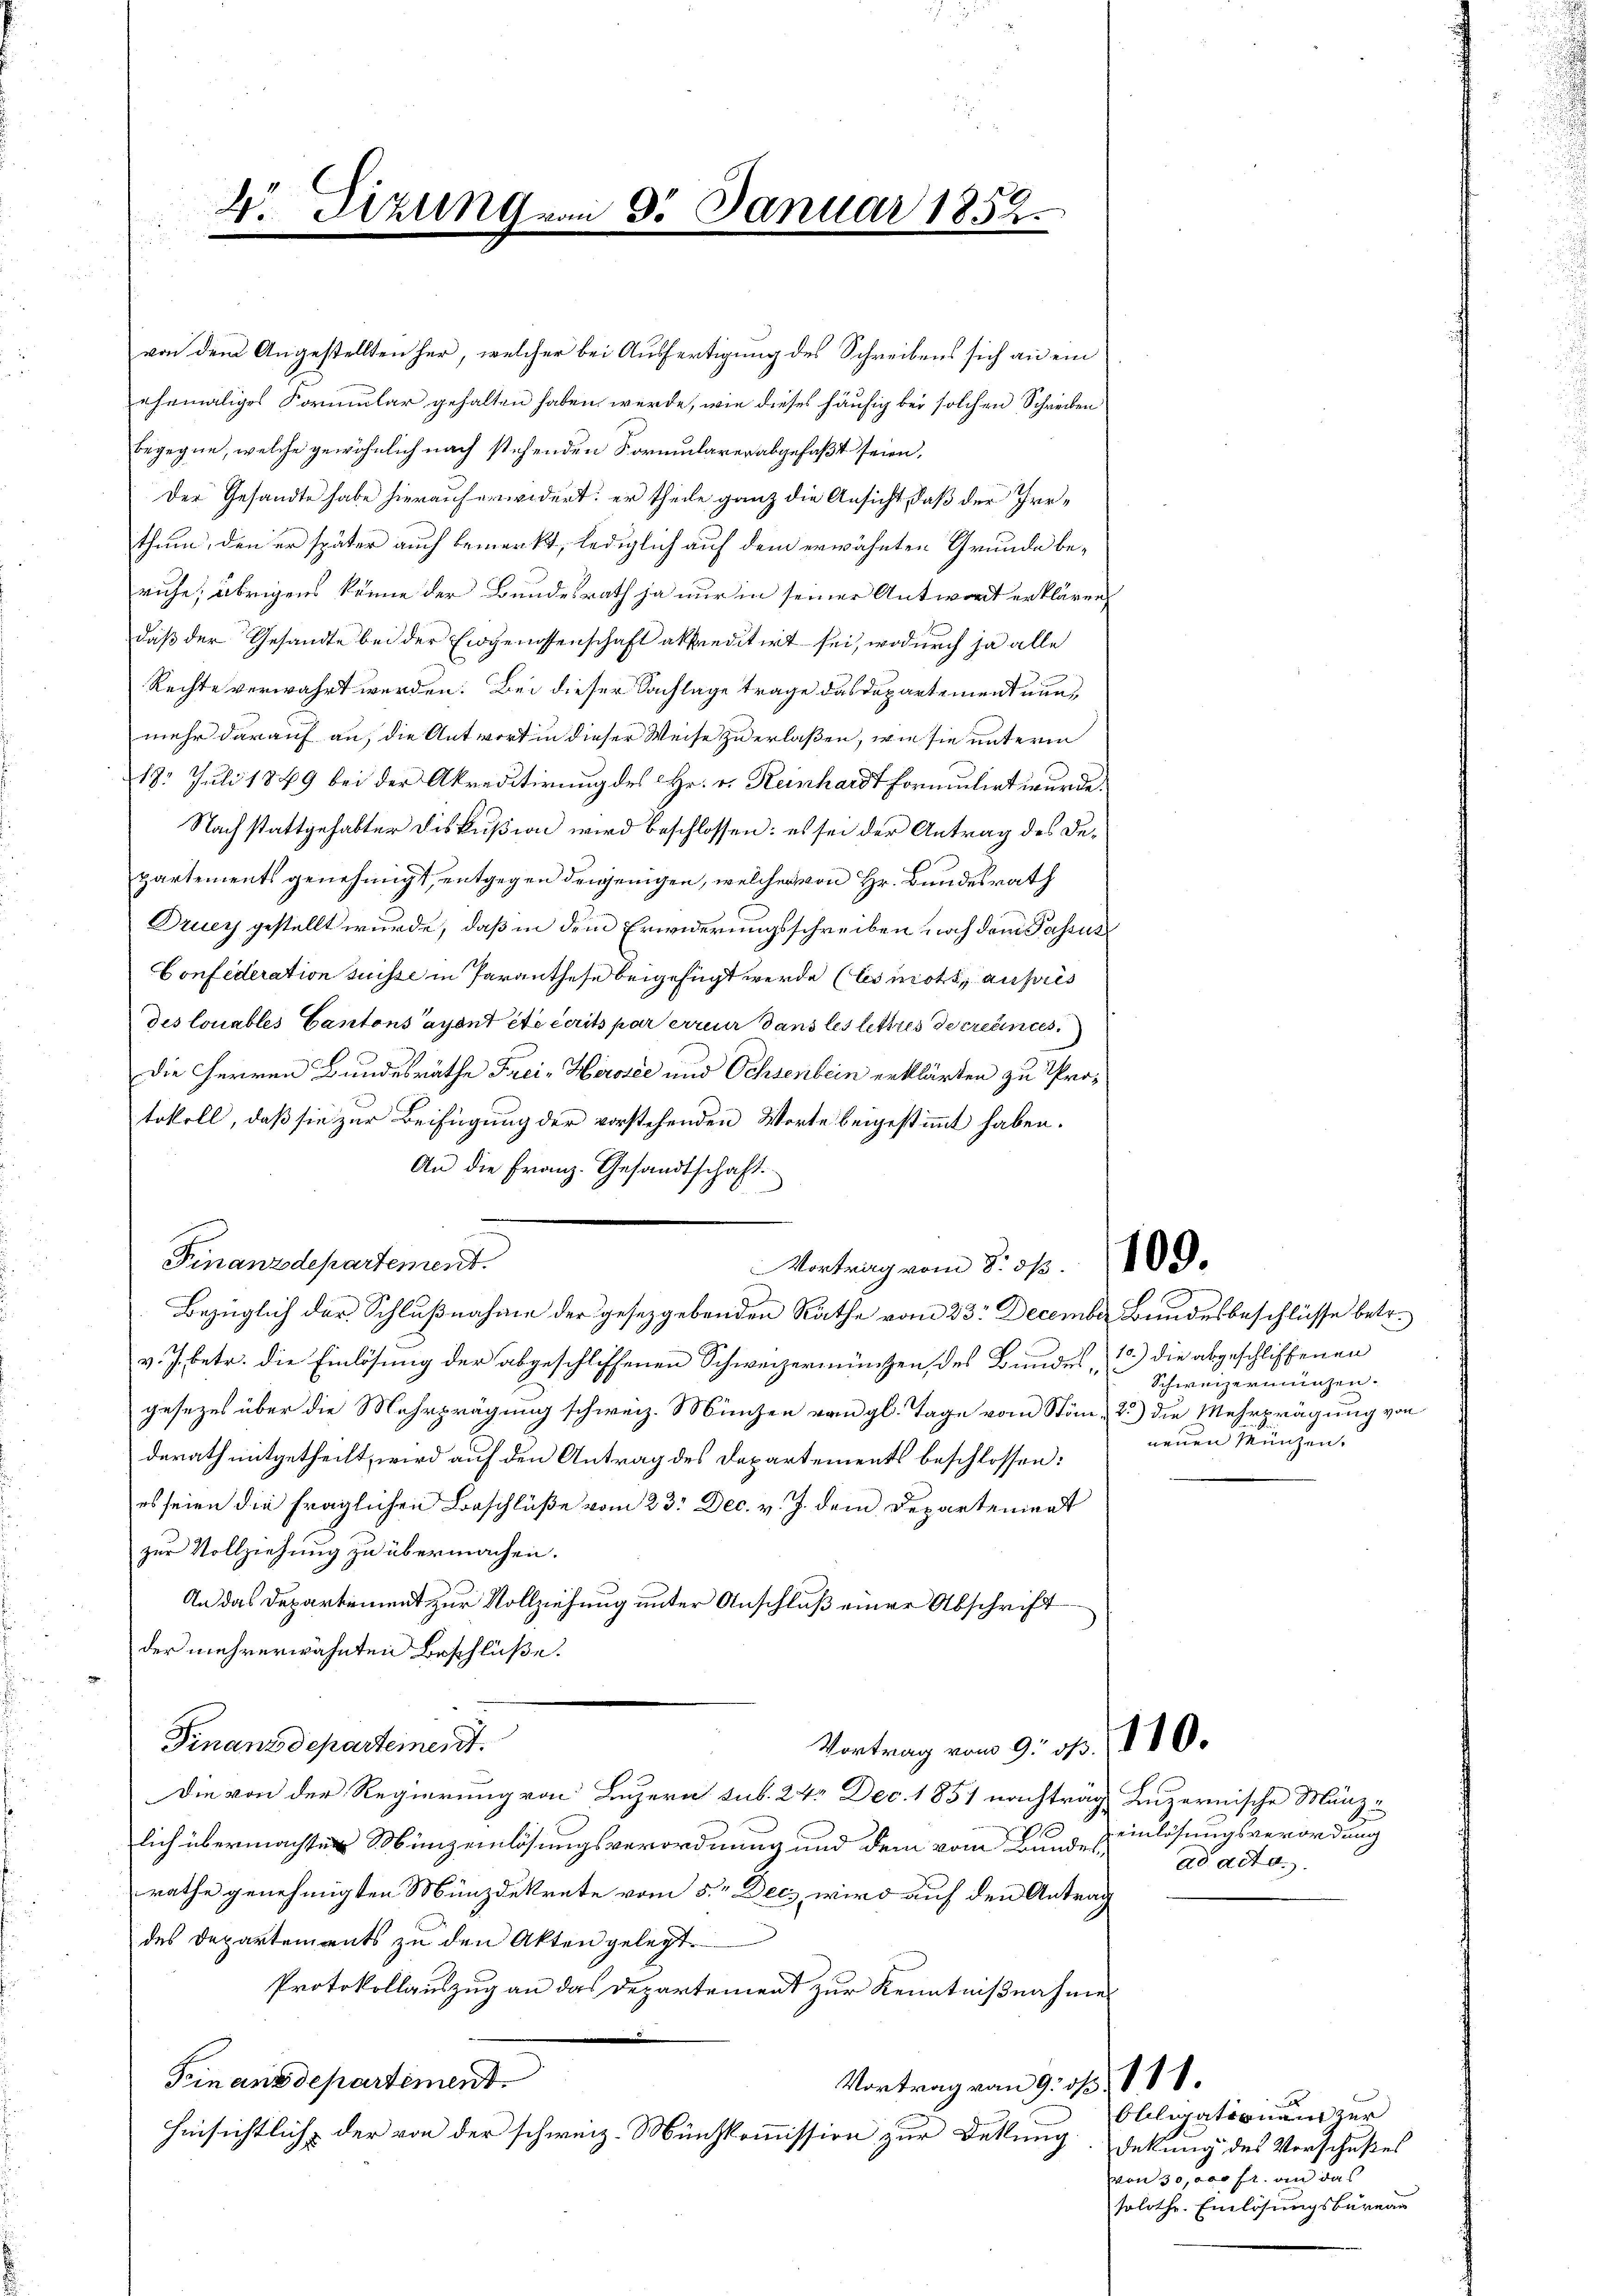
4. Sizung vom 8. Januar 1852.

von dem Angestellten her, welcher bei Ausfertigung des Schreibens sich an ein
ehemaliges Formular gehalten haben werde, wie dieses häufig bei solchen Schreiben
egegne, welche gewöhnlich nach stehenden Formularer abgefaßt seien,
Der Gesandte habe hierauf erwidert; er theile ganz die Ansicht, daß der Irrhum, den er später auch bemerkt, lediglich auf dem erwähnten Grunde beruhe; übrigens könne der Bundesrath ja nur in seiner Antwort erklären,
daß der Gesandte bei der Eigenissenschaft akkreditirt sei, wodurch ja alle
Rechte verwahrt werden. Bei dieser Sachlage trage das Departement nun,
mehr darauf an, die Antwort in dieser Weise zu erlaßen, wie sie unterm
18. Juli 1849 bei der Akreditirung des Hr. v. Reinhardt formulirt wurde.
Nach stattgehabter Diskußion wird beschlossen: es sei der Antrag des Departements genehmigt, entgegen denjenigen, welcher von Hr. Bundesrath
Druey gestellt wurde, daß in dem Erwiderungsschreiben noch dem Passus
Confederation suisse in Paranthese beigefügt werde (les mots, auss
des louables Cantons ayant été écrits par erreur dans les lettres de créances
die Herren Bundesräthe Frei- Herolée und Ochsenbein erklärten zu Protokoll, daß sie zur Beifügung der vorstehenden Worte beigestimmt haben.
An die Franz. Gesandtschaft.
Finanzdepartement.
Wortrag vom 8. 57. 10 d.
Bezüglich der Schlußnahme der gesetzgebenden Rathe vom 23. December Bundesbeschlüsse betr.
v. J. betr. die Einlösung der abgeschliffenen Schweizermünzen, des Bundesgesezes über die Mehrprägung schweiz. München von gl. Tage vom Stön - 2.) die Mehrprägung von
derath mitgetheilt, wird auf den Antrag des Departements beschlossen:
s seien die fraglichen Beschlüße vom 23. Dec. v. J. dem Departement
zur Vollziehung zu übermachen.
An das Departement zur Vollziehung unter Anschluß einer Abschrift
der mehrerwähnten Beschlüße.
Finanzdepartement.
Vortrag vom 9. 115. 110.
Die von der Regierung von Luzern sub. 24. Dec. 1851 nachträgt Luzernische Mänzlich übermachten Münzeinlösungsverordnung und dem vom Bundesrathe genehmigten Münzdekrete vom 5.ten Dec. wird auf den Antrag
des Departements zu den Akten gelegt.
Protokollauszug an das Departement zur Kenntnißnahme
Finanzdepartiment.
Vortrag vom 9. d. 118.
hinsichtlich der von der schweiz. Münzkommission zur Deklung dekung des Vorschußes

10.) die abgeschliffenen
Schweizerinnen.
neuen Münzen.

einlösungsverordnung
ad acta.

Obligationen zur
von 30, das fr. und das
soloth. Einlösungsbureau